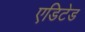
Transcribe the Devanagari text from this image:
एडिटेड